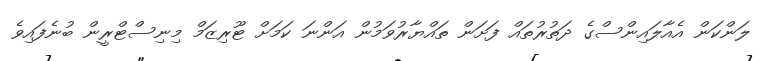
ލަންކަން އެއާލައިންސްގެ ދަތުރުތައް ފަށަން ތައްޔާރުވަމުން އަންނަ ކަމަށް ޓޫރިޒަމް މިނިސްޓްރީން ބުނެފައިވެ